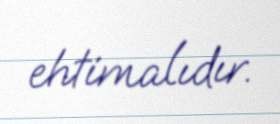
ehtimalıdır.